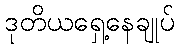
ဒုတိယရှေ့နေချုပ်